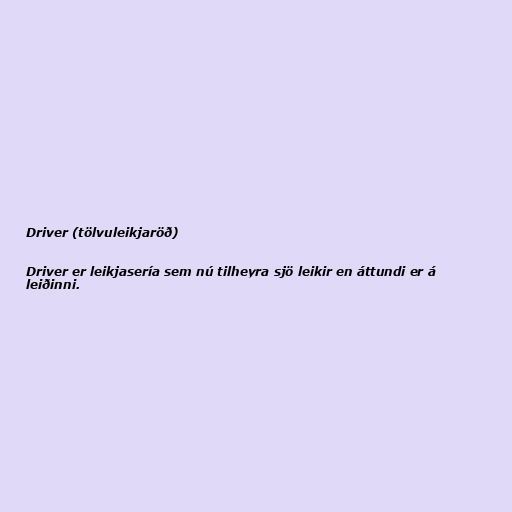
Driver (tölvuleikjaröð)

Driver er leikjasería sem nú tilheyra sjö leikir en áttundi er á
leiðinni.